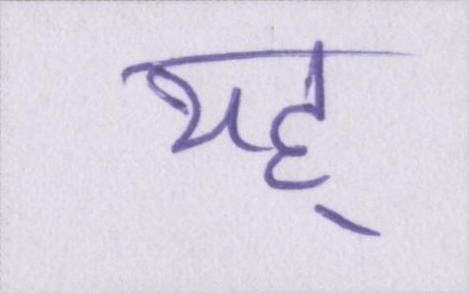
यह्